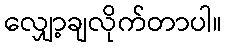
လျှော့ချလိုက်တာပါ။